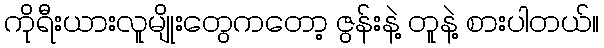
ကိုရီးယားလူမျိုးတွေကတော့ ဇွန်းနဲ့ တူနဲ့ စားပါတယ်။